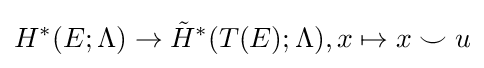
H^{*}(E;\Lambda )\to {\tilde {H}}^{*}(T(E);\Lambda ),x\mapsto x\smile u